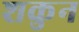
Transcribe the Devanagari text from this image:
शकुुन